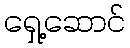
ရှေ့ဆောင်